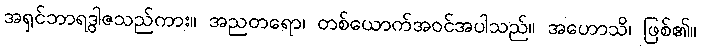
အရှင်ဘာရဒွါဇသည်ကား။ အညတရော၊ တစ်ယောက်အဝင်အပါသည်။ အဟောသိ၊ ဖြစ်၏။